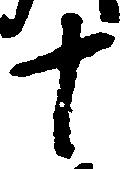
十